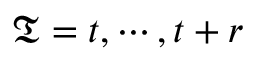
\mathfrak T = t , \cdots , t + r